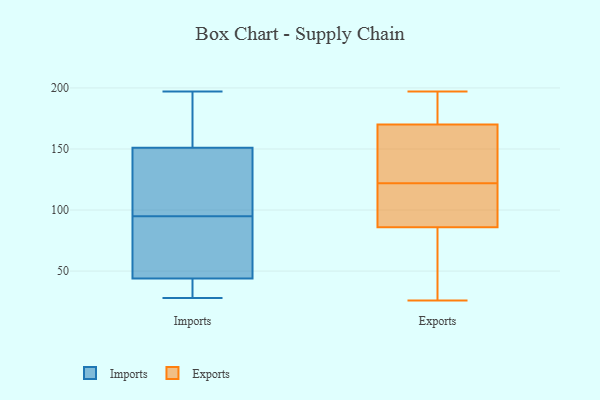
{"axis": {"x": "Demand Index", "y": "Value"}, "legend": ["Exports", "Imports"], "data": [{"x": "", "y": 54, "type": "Imports"}, {"x": "", "y": 28, "type": "Imports"}, {"x": "", "y": 29, "type": "Imports"}, {"x": "", "y": 151, "type": "Imports"}, {"x": "", "y": 132, "type": "Imports"}, {"x": "", "y": 197, "type": "Imports"}, {"x": "", "y": 102, "type": "Imports"}, {"x": "", "y": 44, "type": "Imports"}, {"x": "", "y": 151, "type": "Imports"}, {"x": "", "y": 88, "type": "Imports"}, {"x": "", "y": 26, "type": "Exports"}, {"x": "", "y": 197, "type": "Exports"}, {"x": "", "y": 130, "type": "Exports"}, {"x": "", "y": 111, "type": "Exports"}, {"x": "", "y": 33, "type": "Exports"}, {"x": "", "y": 190, "type": "Exports"}, {"x": "", "y": 114, "type": "Exports"}, {"x": "", "y": 156, "type": "Exports"}, {"x": "", "y": 192, "type": "Exports"}, {"x": "", "y": 111, "type": "Exports"}, {"x": "", "y": 52, "type": "Exports"}, {"x": "", "y": 131, "type": "Exports"}, {"x": "", "y": 86, "type": "Exports"}, {"x": "", "y": 170, "type": "Exports"}]}